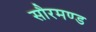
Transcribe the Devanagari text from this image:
सौरमण्ड